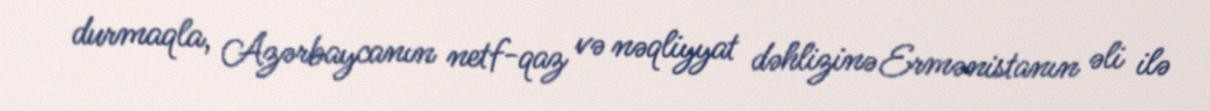
durmaqla, Azərbaycanın netf-qaz və nəqliyyat dəhlizinə Ermənistanın əli ilə